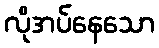
လိုအပ်နေသော